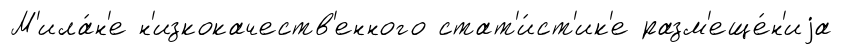
М'ила́н'е н'изкокачеств'енного стат'и́ст'ик'е разм'еще́н'иjа